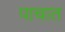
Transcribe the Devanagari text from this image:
पाचात